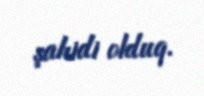
şahidi olduq.